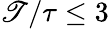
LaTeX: \mathscr{T}/\tau\le3